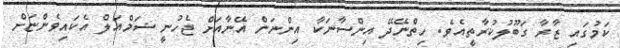
ކަމުގައި ޒާރާ ގަބޫލުކުރާތީއެވެ. ހިތްނޭދޭ އިންސާނަކާ އިންނަން އޭނާއަށް ޖެހުނީ ޝަމްއަލް އެކައިވެންޏަށް